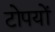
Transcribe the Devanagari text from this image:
टोपयों